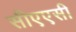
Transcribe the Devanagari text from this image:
सीएएसी